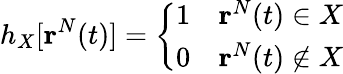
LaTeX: h_{X}[\mathbf{r}^{N}(t)]=\left\{ \begin{array}{ll}{1\quad\mathbf{r}^{N}(t)\in X}\\ {0\quad\mathbf{r}^{N}(t)\notin X}\end{array}\right.